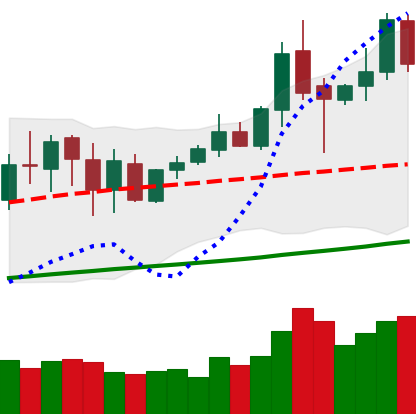
Ticker: XMR-USD
Chart end date: 2020-10-06
Forward return: 18.052%
Label: up_7plus